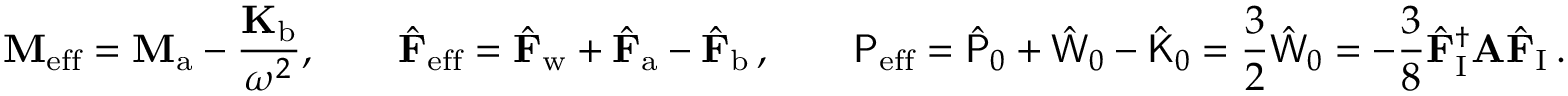
\mathbf { M } _ { \mathrm { e f f } } = \mathbf { M } _ { \mathrm { a } } - \frac { \mathbf { K } _ { \mathrm { b } } } { \omega ^ { 2 } } , \qquad \hat { \mathbf { F } } _ { \mathrm { e f f } } = \hat { \mathbf { F } } _ { \mathrm { w } } + \hat { \mathbf { F } } _ { \mathrm { a } } - \hat { \mathbf { F } } _ { \mathrm { b } } \, , \qquad \mathsf { P } _ { \mathrm { e f f } } = \hat { \mathsf { P } } _ { 0 } + \hat { \mathsf { W } } _ { 0 } - \hat { \mathsf { K } } _ { 0 } = \frac { 3 } { 2 } \hat { \mathsf { W } } _ { 0 } = - \frac { 3 } { 8 } \hat { \mathbf { F } } _ { \mathrm { I } } ^ { \dagger } \mathbf { A } \hat { \mathbf { F } } _ { \mathrm { I } } \, .